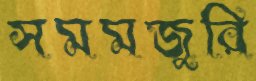
সমমজুরি